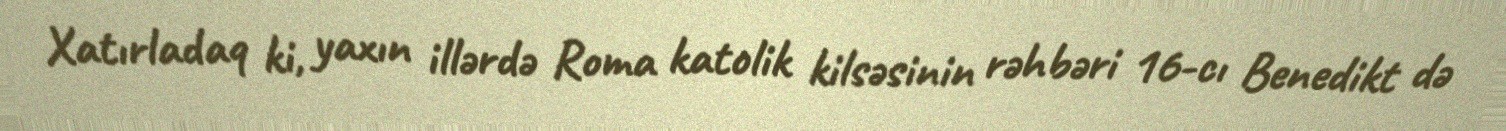
Xatırladaq ki, yaxın illərdə Roma katolik kilsəsinin rəhbəri 16-cı Benedikt də